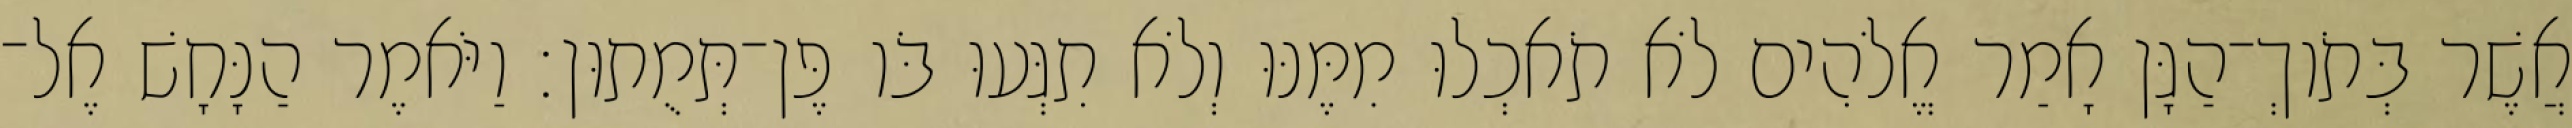
אֲשֶׁר בְּתֹוךְ־הַגָּן אָמַר אֱלֹהִים לֹא תֹאכְלוּ מִמֶּנּוּ וְלֹא תִגְּעוּ בֹּו פֶּן־תְּמֻתוּן׃ וַיֹּאמֶר הַנָּחָשׁ אֶל־